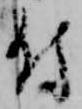
付